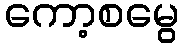
ကော့စမွေ